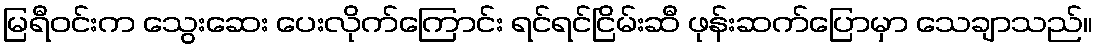
မြရီဝင်းက သွေးဆေး ပေးလိုက်ကြောင်း ရင်ရင်ငြိမ်းဆီ ဖုန်းဆက်ပြောမှာ သေချာသည်။